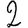
Digit: 2